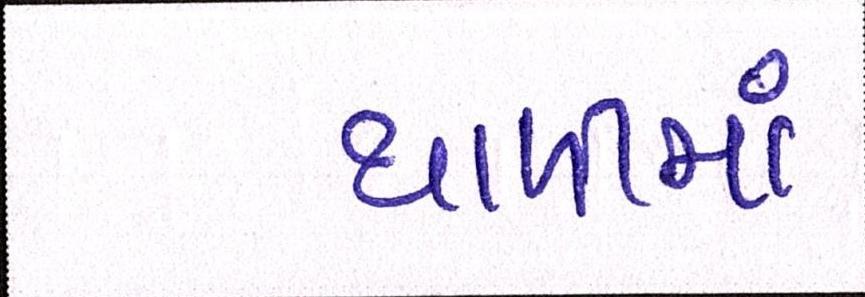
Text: થાળીમાં